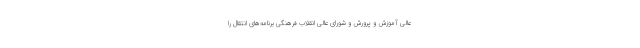
عالی آموزش و پرورش و شورای عالی انقلاب فرهنگی برنامه‌های انتقال را